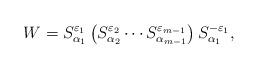
LaTeX: \begin{align*}W= S^{\varepsilon_1}_{\alpha_1} \left(S^{\varepsilon_2}_{\alpha_2} \cdots S^{\varepsilon_{m-1}}_{\alpha_{m-1}}\right) S^{-\varepsilon_1}_{\alpha_1},\end{align*}